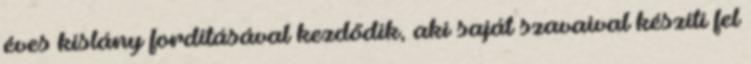
éves kislány fordításával kezdődik, aki saját szavaival készíti fel